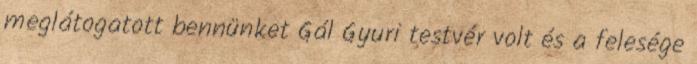
meglátogatott bennünket Gál Gyuri testvér volt és a felesége